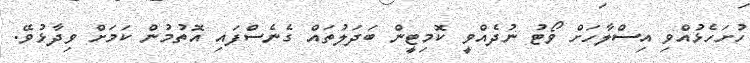
ހުށަހެޅުއްވި އިސްލާހަށް ވޯޓު ނުދެއްވީ ކޮމިޓީން ބަދަލުތައް ގެނެސްފައި އޮތުމުން ކަމަށް ވިދާޅުވޭ.